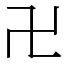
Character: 卍